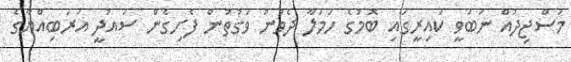
މަސްޖިދުއް ނަބަވީ ކައިރީގައި ބޮމުގެ ހަމަލާ ދެވުނު ވަގުތުން ފެށިގެން ސައުދީ އަރަބިއްޔާގެ